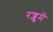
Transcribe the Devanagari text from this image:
रज्जुमें